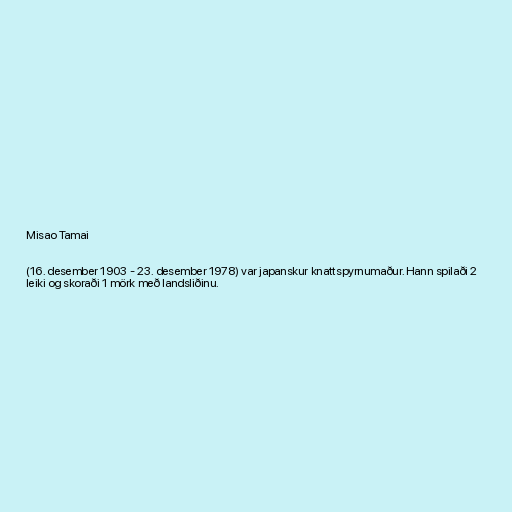
Misao Tamai

(16. desember 1903 - 23. desember 1978) var japanskur knattspyrnumaður. Hann spilaði 2
leiki og skoraði 1 mörk með landsliðinu.